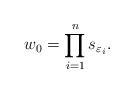
LaTeX: \begin{align*} w_0 = \prod\limits_{i=1}^n s_{\varepsilon_i}.\end{align*}